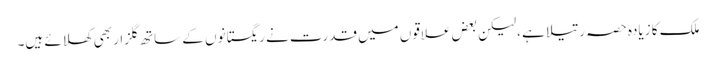
ملک کا زیادہ حصہ رتیلا ہے ،لیکن بعض علاقوں میں قدرت نے ریگستانوں کے ساتھ گلزار بھی کھلائے ہیں۔